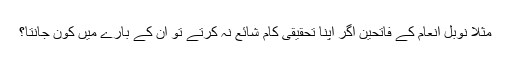
مثلاً نوبل انعام کے فاتحین اگر اپنا تحقیقی کام شائع نہ کرتے تو ان کے بارے میں کون جانتا؟